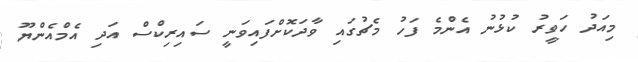
މިއަދު ހަވީރު ކުޅުނު އެންމެ ފަހު މެޗުގައި ވާދަކޮށްފައިވަނީ ސައިރިކްސް އަދި އެމްއެންޔޫ